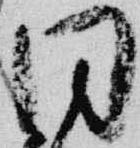
同